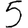
Digit: 5